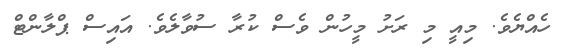
ހެއްޔެވެ. މިއީ މި ރަށު މީހުން ވެސް ކުރާ ސުވާލެވެ. އައިސް ޕްލާންޓް